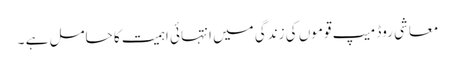
معاشی روڈ میپ قوموں کی زندگی میں انتہائی اہمیت کا حامل ہے ۔